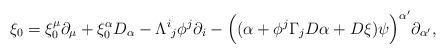
LaTeX: \begin{align*}\xi_0=\xi_0^{\mu}\partial_\mu+\xi_0^{\alpha}D_\alpha-\Lambda^{i}{}_{j}\phi^{j}\partial_i-\Big((\alpha+\phi^{j}\Gamma_jD\alpha+D\xi)\psi\Big)^{\alpha'}\partial_{\alpha'},\end{align*}